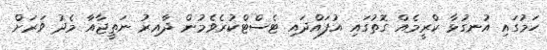
ހަމުގައި އުނގުޅާ ކްރީމެއް ގޮތުގައި އުފައްދައި ޓެސްޓްކުރެވެމުން ދާއިރު ނަތީޖާއާ މެދު ވަރަށް